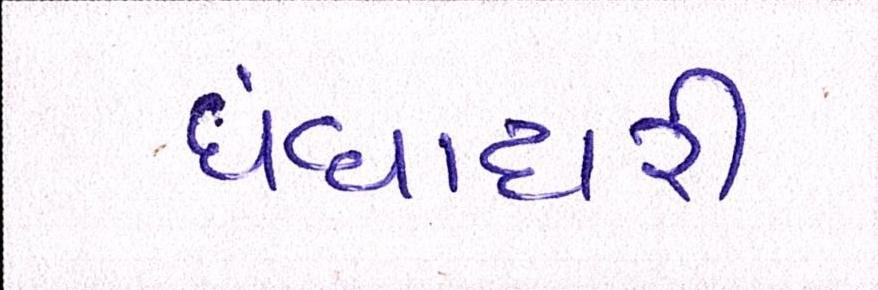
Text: ધંધાદારી